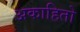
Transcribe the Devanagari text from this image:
अकाहितो